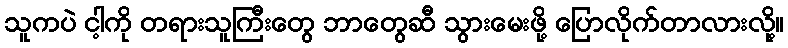
သူကပဲ ငါ့ကို တရားသူကြီးတွေ ဘာတွေဆီ သွားမေးဖို့ ပြောလိုက်တာလားလို့။